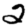
Digit: 2